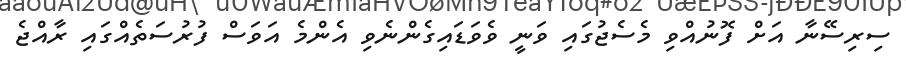
ސިރިސޭނާ އަށް ފޮޮނުއްވި މެސެޖުގައި ވަނީ ވެވަޑައިގެންނެވި އެންމެ އަވަސް ފުރުސަތެއްގައި ރާއްޖެ